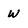
Character: W